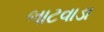
ભાટવાડા